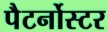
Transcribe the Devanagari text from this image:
पैटर्नोस्टर